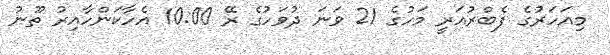
މިއަހަރުގެ ފެބްރުއަރީ މަހުގެ 21 ވަނަ ދުވަހުގެ ރޭ 10:00 އެހާކަންހާއިރު ތޫނު